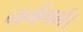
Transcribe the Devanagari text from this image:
नर्मगर्भ।